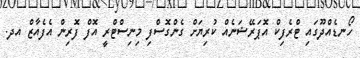
ހޯނޑެއްދޫގައި ޓްރެފިކް އޮޕަރޭޝަނެއް ކުރިޔަށް ގެންގޮސްފި މިނިސްޓްރީ އޮފް ފޮރިން އެފެއާޒް އދ.